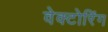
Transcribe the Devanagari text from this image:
वेक्टोरिंग